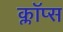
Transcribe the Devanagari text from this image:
क्लॉप्स